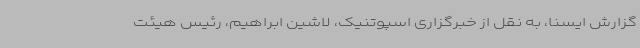
گزارش ایسنا، به نقل از خبرگزاری اسپوتنیک، لاشین ابراهیم، رئیس هیئت